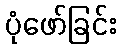
ပုံဖော်ခြင်း